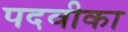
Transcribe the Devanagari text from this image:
पदवीका